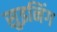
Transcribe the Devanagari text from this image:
सुइनिंग